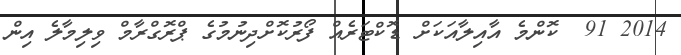
2014 91  ކޮންމެ އާއިލާއަކަށް ޑޮކްޓަރެއް ފޯރުކޮށްދިނުމުގެ ޕްރޮގްރާމް ވިލިމާލެ އިން